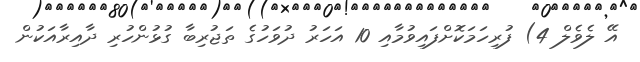
އޭ ލެވެލް 4) ފުރިހަމަކޮށްފައިވުމާއި 10 އަހަރު ދުވަހުގެ ތަޖުރިބާ ގުޅުންހުރި ދާއިރާއަކުން